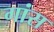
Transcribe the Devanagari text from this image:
गांस